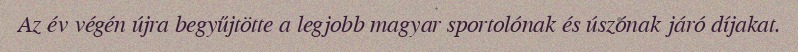
Az év végén újra begyűjtötte a legjobb magyar sportolónak és úszónak járó díjakat.